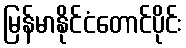
မြန်မာနိုင်ငံတောင်ပိုင်း